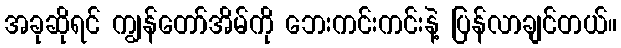
အခုဆိုရင် ကျွန်တော်အိမ်ကို ဘေးကင်းကင်းနဲ့ ပြန်လာချင်တယ်။